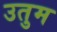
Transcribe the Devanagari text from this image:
उतुम